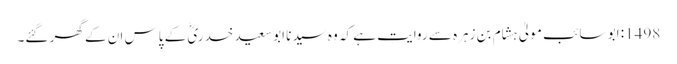
1498: ابو سائب مولیٰ ہشام بن زہرہ سے روایت ہے کہ وہ سیدنا ابو سعید خدریؓ کے پاس ان کے گھر گئے۔